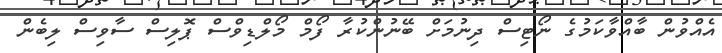
އެއްވުން ބާއްވާކަމުގެ ނޯޓިސް ދިނުމަށް ބޭނުންކުރާ ފޯމް މޯލްޑިވްސް ޕޮލިސް ސާވިސް ލިބެން